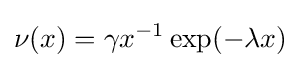
\nu (x)=\gamma x^{-1}\exp(-\lambda x)